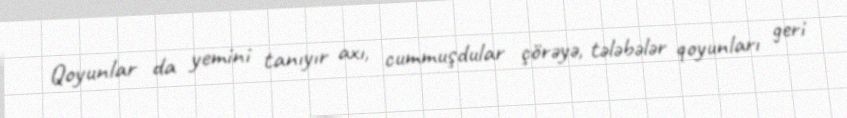
Qoyunlar da yemini tanıyır axı, cummuşdular çörəyə, tələbələr qoyunları geri